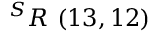
^ { S } R \ ( 1 3 , 1 2 )